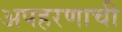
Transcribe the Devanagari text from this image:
अपहरणाची